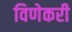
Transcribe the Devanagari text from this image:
विणेकरी